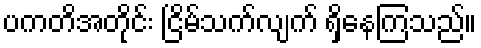
ပကတိအတိုင်း ငြိမ်သက်လျက် ရှိနေကြသည်။